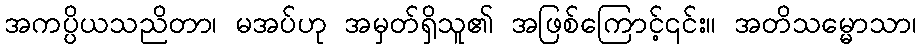
အကပ္ပိယသညိတာ၊ မအပ်ဟု အမှတ်ရှိသူ၏ အဖြစ်ကြောင့်၎င်း။ အတိသမ္မောသာ၊